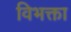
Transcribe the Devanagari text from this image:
विभक्ता